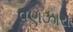
વણઝારા